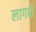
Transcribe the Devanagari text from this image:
लागबों